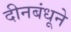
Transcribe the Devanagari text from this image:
दीनबंधूने